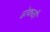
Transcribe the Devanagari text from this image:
ढोकळी